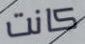
كانت